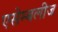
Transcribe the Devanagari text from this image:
एसेम्बलीज